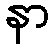
နာ